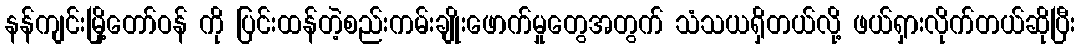
နန်ကျင်းမြို့တော်ဝန် ကို ပြင်းထန်တဲ့စည်းကမ်းချိုးဖောက်မှုတွေအတွက် သံသယရှိတယ်လို့ ဖယ်ရှားလိုက်တယ်ဆိုပြီး